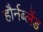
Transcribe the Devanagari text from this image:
हौर्नब्लेंड